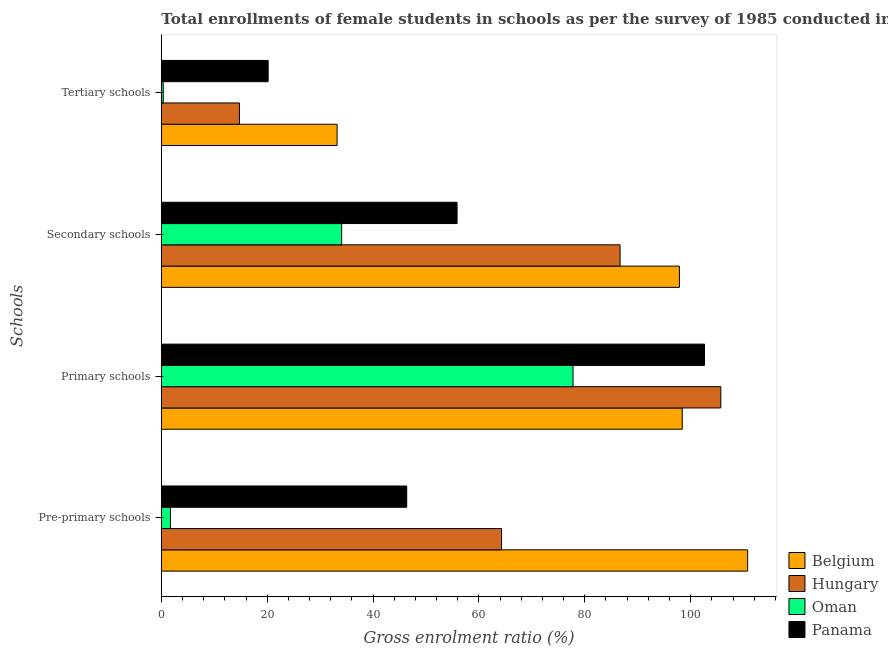
| Schools | Belgium | Hungary | Oman | Panama |
 | --- | --- | --- | --- | --- |
 | Pre-primary schools | 111 | 64.3 | 1.72 | 46.4 |
 | Primary schools | 98.4 | 106 | 77.8 | 103 |
 | Secondary schools | 97.9 | 86.7 | 34.1 | 55.9 |
 | Tertiary schools | 33.2 | 14.8 | 0.363 | 20.2 |